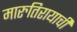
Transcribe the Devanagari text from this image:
मारुतिरायाची